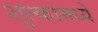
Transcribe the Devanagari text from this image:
शुल्कामध्ये